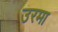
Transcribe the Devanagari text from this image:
उरमा